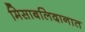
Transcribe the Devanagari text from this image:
मिसाबलिदानात